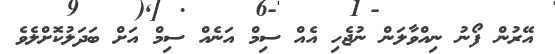
އޭރުން ފޯނު ނިއްވާލަން ނުޖެހި އެއް ސިމް އަނެއް ސިމް އަށް ބަދަލުކޮށްލެވެ